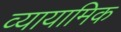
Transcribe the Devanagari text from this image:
व्यायामिक